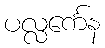
ပလ္လင်္ကေန